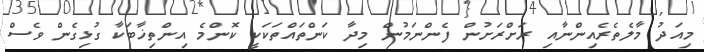
މިއަދު މާލެތެރެއިންނާއި ރަށްރަށުން ފެންނަމުން މިދާ ކަންތައްތަކަކީ ކޮންމެ އިންތިޚާބަކާ ގުޅިގެން ވެސް